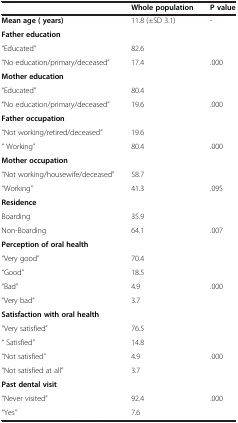
<table><thead><tr><td>[EMPTY_CELL]</td><td><b>Whole population</b></td><td><b>P value</b></td></tr></thead><tbody><tr><td><b>Mean age ( years)</b></td><td>11.8 (±SD 3.1)</td><td>-</td></tr><tr><td><b>Father education</b></td><td>[EMPTY_CELL]</td><td>[EMPTY_CELL]</td></tr><tr><td>“Educated”</td><td>82.6</td><td>[EMPTY_CELL]</td></tr><tr><td>“No education/primary/deceased”</td><td>17.4</td><td>.000</td></tr><tr><td><b>Mother education</b></td><td>[EMPTY_CELL]</td><td>[EMPTY_CELL]</td></tr><tr><td>“Educated”</td><td>80.4</td><td>[EMPTY_CELL]</td></tr><tr><td>“No education/primary/deceased”</td><td>19.6</td><td>.000</td></tr><tr><td><b>Father occupation</b></td><td>[EMPTY_CELL]</td><td>[EMPTY_CELL]</td></tr><tr><td>“Not working/retired/deceased”</td><td>19.6</td><td>[EMPTY_CELL]</td></tr><tr><td>“ Working”</td><td>80.4</td><td>.000</td></tr><tr><td><b>Mother occupation</b></td><td>[EMPTY_CELL]</td><td>[EMPTY_CELL]</td></tr><tr><td>“Not working/housewife/deceased”</td><td>58.7</td><td>[EMPTY_CELL]</td></tr><tr><td>“Working”</td><td>41.3</td><td>.095</td></tr><tr><td><b>Residence</b></td><td>[EMPTY_CELL]</td><td>[EMPTY_CELL]</td></tr><tr><td>Boarding</td><td>35.9</td><td>[EMPTY_CELL]</td></tr><tr><td>Non-Boarding</td><td>64.1</td><td>.007</td></tr><tr><td><b>Perception of oral health</b></td><td>[EMPTY_CELL]</td><td>[EMPTY_CELL]</td></tr><tr><td>“Very good”</td><td>70.4</td><td>[EMPTY_CELL]</td></tr><tr><td>“Good”</td><td>18.5</td><td>[EMPTY_CELL]</td></tr><tr><td>“Bad”</td><td>4.9</td><td>.000</td></tr><tr><td>“Very bad”</td><td>3.7</td><td>[EMPTY_CELL]</td></tr><tr><td><b>Satisfaction with oral health</b></td><td>[EMPTY_CELL]</td><td>[EMPTY_CELL]</td></tr><tr><td>“Very satisfied”</td><td>76.5</td><td>[EMPTY_CELL]</td></tr><tr><td>“ Satisfied”</td><td>14.8</td><td>[EMPTY_CELL]</td></tr><tr><td>“Not satisfied”</td><td>4.9</td><td>.000</td></tr><tr><td>“Not satisfied at all”</td><td>3.7</td><td>[EMPTY_CELL]</td></tr><tr><td><b>Past dental visit</b></td><td>[EMPTY_CELL]</td><td>[EMPTY_CELL]</td></tr><tr><td>“Never visited”</td><td>92.4</td><td>.000</td></tr><tr><td>“Yes”</td><td>7.6</td><td>[EMPTY_CELL]</td></tr></tbody></table>